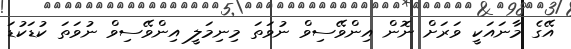
އޭގެ މާނައަކީ ވަރަށް ނޮން އިންވޭސިވް ނުވަތަ މިނިމަލީ އިންވޭސިވް ނުވަތަ ކުޑަކުޑަ